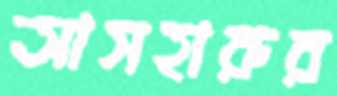
আসহারুর